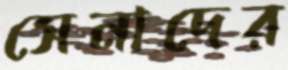
সেনাদের